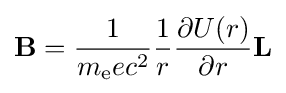
\mathbf {B} ={\frac {1}{m_{\text{e}}ec^{2}}}{\frac {1}{r}}{\frac {\partial U(r)}{\partial r}}\mathbf {L}